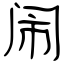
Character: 闹